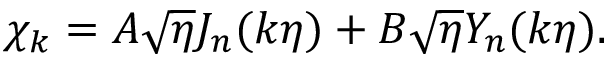
\chi _ { k } = A \sqrt { \eta } J _ { n } ( k \eta ) + B \sqrt { \eta } Y _ { n } ( k \eta ) .